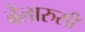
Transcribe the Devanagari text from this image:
बेलारुसी